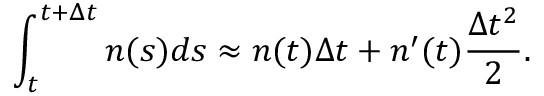
\int _ { t } ^ { t + \Delta t } n ( s ) d s \approx n ( t ) \Delta t + n ^ { \prime } ( t ) \frac { \Delta t ^ { 2 } } { 2 } .